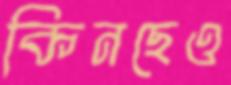
কিনছেও